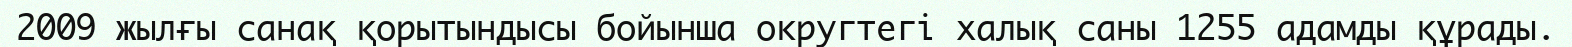
2009 жылғы санақ қорытындысы бойынша округтегі халық саны 1255 адамды құрады.